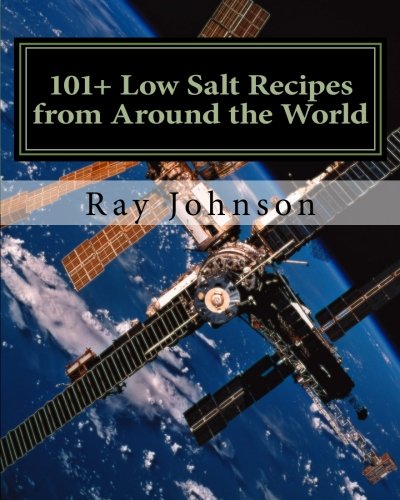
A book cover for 101+ Low Salt Recipes from Around the World; Ray Johnson; Cookbooks, Food & Wine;